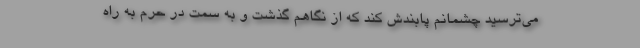
می‌ترسید چشمانم پابندش کند که از نگاهم گذشت و به سمت در حرم به راه